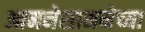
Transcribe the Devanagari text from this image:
आमनेसामनेच्या